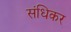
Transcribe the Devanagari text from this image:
संधिकर